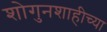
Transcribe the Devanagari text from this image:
शोगुनशाहीच्या